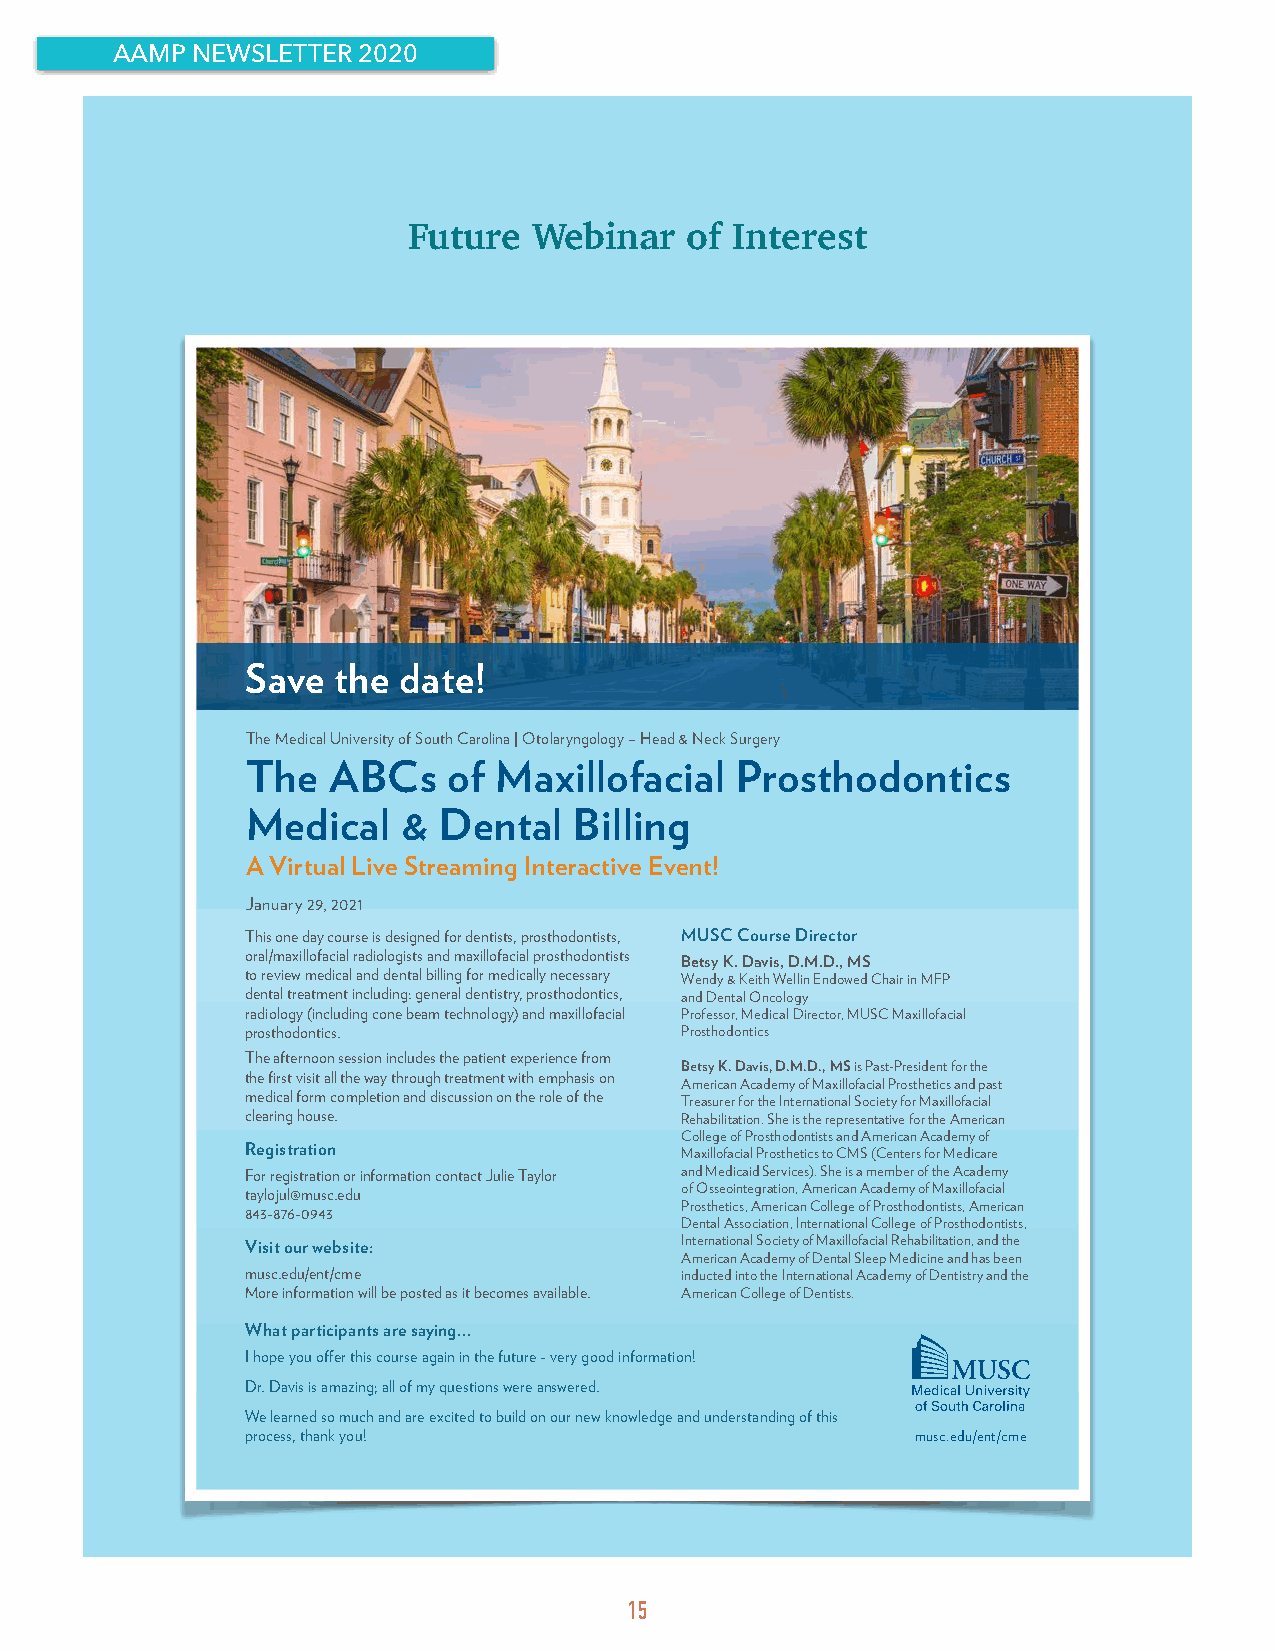
AAMP  NEWSLETTER 2020
 Future  Webinar   of Interest
 Save  the date!
 The Medical University of South Carolina | Otolaryngology – Head & Neck Surgery
 The   ABCs    of Maxillofacial   Prosthodontics
 Medical    & Dental   Billing
 A Virtual Live Streaming Interactive Event!
 January 29, 2021
 This one day course is designed for dentists, prosthodontists, MUSC Course Director
 oral/maxillofacial radiologists and maxillofacial prosthodontists Betsy K. Davis, D.M.D., MS
 to review medical and dental billing for medically necessary Wendy & Keith Wellin Endowed Chair in MFP
 dental treatment including: general dentistry, prosthodontics, and Dental Oncology
 radiology (including cone beam technology) and maxillofacial Professor, Medical Director, MUSC Maxillofacial
 prosthodontics.              Prosthodontics
 The afternoon session includes the patient experience from
 Betsy K. Davis, D.M.D., MS is Past-President for the
 the first visit all the way through treatment with emphasis on
 American Academy of Maxillofacial Prosthetics and past
 medical form completion and discussion on the role of the Treasurer for the International Society for Maxillofacial
 clearing house.              Rehabilitation. She is the representative for the American
 College of Prosthodontists and American Academy of
 Registration                 Maxillofacial Prosthetics to CMS (Centers for Medicare
 For registration or information contact Julie Taylor and Medicaid Services). She is a member of the Academy
 taylojul@musc.edu            of Osseointegration, American Academy of Maxillofacial
 Prosthetics, American College of Prosthodontists, American
 843-876-0943
 Dental Association, International College of Prosthodontists,
 Visit our website:           International Society of Maxillofacial Rehabilitation, and the
 American Academy of Dental Sleep Medicine and has been
 musc.edu/ent/cme             inducted into the International Academy of Dentistry and the
 More information will be posted as it becomes available. American College of Dentists.
 What participants are saying...
 I hope you offer this course again in the future - very good information!
 Dr. Davis is amazing; all of my questions were answered.
 We learned so much and are excited to build on our new knowledge and understanding of this
 process, thank you!                          musc.edu/ent/cme
 15